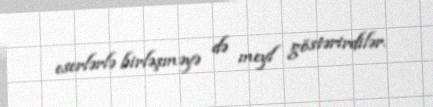
eserlərlə birləşməyə də meyl göstərirdilər.